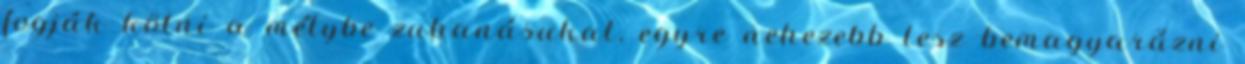
fogják kötni a mélybe zuhanásukat, egyre nehezebb lesz bemagyarázni